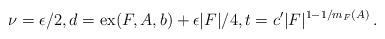
LaTeX: \begin{align*} \nu = \epsilon/2, d = \mbox{ex}(F,A,b)+\epsilon|F|/4, t = c' |F|^{1-1/m_F(A)}\,. \end{align*}